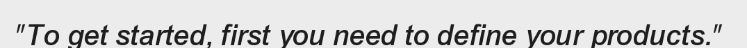
"To get started, first you need to define your products."